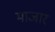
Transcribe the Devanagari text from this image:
माजार